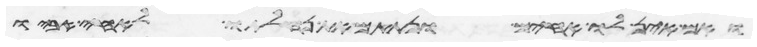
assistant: ואם אין לו אחים ונתתם את נחלתו לאחי אביו